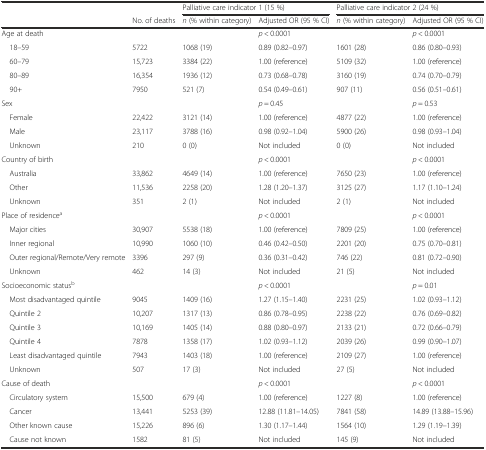
<table><thead><tr><td></td><td></td><td colspan="2"><b>Palliative care indicator 1 (15 %)</b></td><td colspan="2"><b>Palliative care indicator 2 (24 %)</b></td></tr><tr><td></td><td><b>No. of deaths</b></td><td><b><i>n</i> (% within category)</b></td><td><b>Adjusted OR (95 % CI)</b></td><td><b><i>n</i> (% within category)</b></td><td><b>Adjusted OR (95 % CI)</b></td></tr></thead><tbody><tr><td>Age at death</td><td></td><td></td><td><i>p</i> &lt; 0.0001</td><td></td><td><i>p</i> &lt; 0.0001</td></tr><tr><td> 18–59</td><td>5722</td><td>1068 (19)</td><td>0.89 (0.82–0.97)</td><td>1601 (28)</td><td>0.86 (0.80–0.93)</td></tr><tr><td> 60–79</td><td>15,723</td><td>3384 (22)</td><td>1.00 (reference)</td><td>5109 (32)</td><td>1.00 (reference)</td></tr><tr><td> 80–89</td><td>16,354</td><td>1936 (12)</td><td>0.73 (0.68–0.78)</td><td>3160 (19)</td><td>0.74 (0.70–0.79)</td></tr><tr><td> 90+</td><td>7950</td><td>521 (7)</td><td>0.54 (0.49–0.61)</td><td>907 (11)</td><td>0.56 (0.51–0.61)</td></tr><tr><td>Sex</td><td></td><td></td><td><i>p</i> = 0.45</td><td></td><td><i>p</i> = 0.53</td></tr><tr><td> Female</td><td>22,422</td><td>3121 (14)</td><td>1.00 (reference)</td><td>4877 (22)</td><td>1.00 (reference)</td></tr><tr><td> Male</td><td>23,117</td><td>3788 (16)</td><td>0.98 (0.92–1.04)</td><td>5900 (26)</td><td>0.98 (0.93–1.04)</td></tr><tr><td> Unknown</td><td>210</td><td>0 (0)</td><td>Not included</td><td>0 (0)</td><td>Not included</td></tr><tr><td>Country of birth</td><td></td><td></td><td><i>p</i> &lt; 0.0001</td><td></td><td><i>p</i> &lt; 0.0001</td></tr><tr><td> Australia</td><td>33,862</td><td>4649 (14)</td><td>1.00 (reference)</td><td>7650 (23)</td><td>1.00 (reference)</td></tr><tr><td> Other</td><td>11,536</td><td>2258 (20)</td><td>1.28 (1.20–1.37)</td><td>3125 (27)</td><td>1.17 (1.10–1.24)</td></tr><tr><td> Unknown</td><td>351</td><td>2 (1)</td><td>Not included</td><td>2 (1)</td><td>Not included</td></tr><tr><td>Place of residence<sup>a</sup></td><td></td><td></td><td><i>p</i> &lt; 0.0001</td><td></td><td><i>p</i> &lt; 0.0001</td></tr><tr><td> Major cities</td><td>30,907</td><td>5538 (18)</td><td>1.00 (reference)</td><td>7809 (25)</td><td>1.00 (reference)</td></tr><tr><td> Inner regional</td><td>10,990</td><td>1060 (10)</td><td>0.46 (0.42–0.50)</td><td>2201 (20)</td><td>0.75 (0.70–0.81)</td></tr><tr><td> Outer regional/Remote/Very remote</td><td>3396</td><td>297 (9)</td><td>0.36 (0.31–0.42)</td><td>746 (22)</td><td>0.81 (0.72–0.90)</td></tr><tr><td> Unknown</td><td>462</td><td>14 (3)</td><td>Not included</td><td>21 (5)</td><td>Not included</td></tr><tr><td>Socioeconomic status<sup>b</sup></td><td></td><td></td><td><i>p</i> &lt; 0.0001</td><td></td><td><i>p</i> = 0.01</td></tr><tr><td> Most disadvantaged quintile</td><td>9045</td><td>1409 (16)</td><td>1.27 (1.15–1.40)</td><td>2231 (25)</td><td>1.02 (0.93–1.12)</td></tr><tr><td> Quintile 2</td><td>10,207</td><td>1317 (13)</td><td>0.86 (0.78–0.95)</td><td>2238 (22)</td><td>0.76 (0.69–0.82)</td></tr><tr><td> Quintile 3</td><td>10,169</td><td>1405 (14)</td><td>0.88 (0.80–0.97)</td><td>2133 (21)</td><td>0.72 (0.66–0.79)</td></tr><tr><td> Quintile 4</td><td>7878</td><td>1358 (17)</td><td>1.02 (0.93–1.12)</td><td>2039 (26)</td><td>0.99 (0.90–1.07)</td></tr><tr><td> Least disadvantaged quintile</td><td>7943</td><td>1403 (18)</td><td>1.00 (reference)</td><td>2109 (27)</td><td>1.00 (reference)</td></tr><tr><td> Unknown</td><td>507</td><td>17 (3)</td><td>Not included</td><td>27 (5)</td><td>Not included</td></tr><tr><td>Cause of death</td><td></td><td></td><td><i>p</i> &lt; 0.0001</td><td></td><td><i>p</i> &lt; 0.0001</td></tr><tr><td> Circulatory system</td><td>15,500</td><td>679 (4)</td><td>1.00 (reference)</td><td>1227 (8)</td><td>1.00 (reference)</td></tr><tr><td> Cancer</td><td>13,441</td><td>5253 (39)</td><td>12.88 (11.81–14.05)</td><td>7841 (58)</td><td>14.89 (13.88–15.96)</td></tr><tr><td> Other known cause</td><td>15,226</td><td>896 (6)</td><td>1.30 (1.17–1.44)</td><td>1564 (10)</td><td>1.29 (1.19–1.39)</td></tr><tr><td> Cause not known</td><td>1582</td><td>81 (5)</td><td>Not included</td><td>145 (9)</td><td>Not included</td></tr></tbody></table>